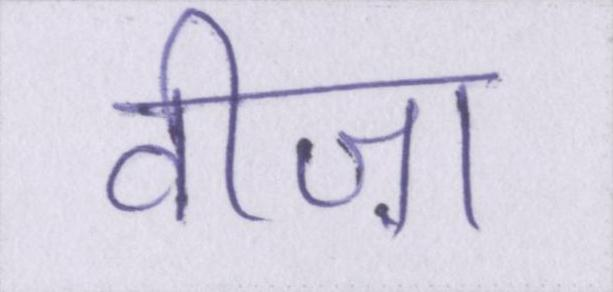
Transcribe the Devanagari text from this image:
वीज़ा